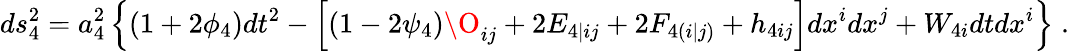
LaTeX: ds_{4}^{2}=a_{4}^{2}\left\{ (1+2\phi_{4})dt^{2}-\left[(1-2\psi_{4})\O_{ij}+2E_{4|ij}+2F_{4(i|j)}+h_{4ij}\right]dx^{i}dx^{j}+W_{4i}dtdx^{i}\right\} \; .